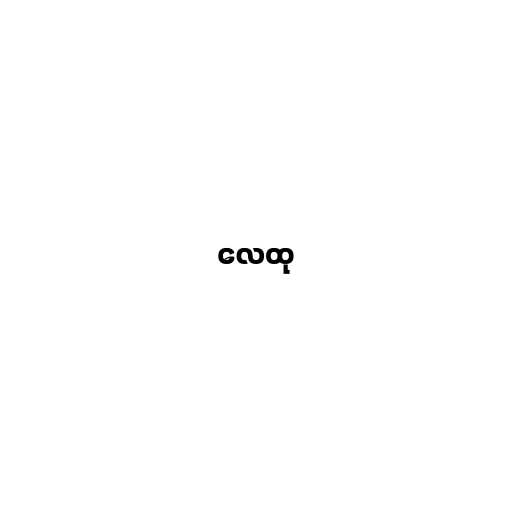
လေထု